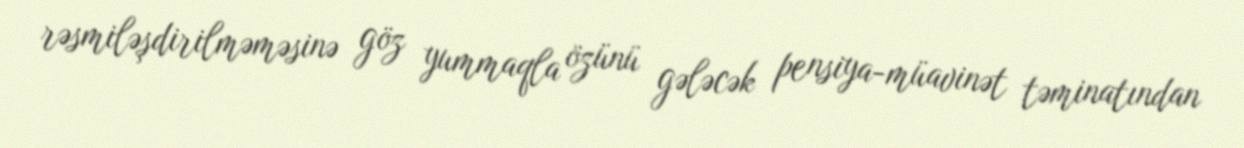
rəsmiləşdirilməməsinə göz yummaqla özünü gələcək pensiya-müavinət təminatından